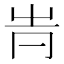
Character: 𠕓